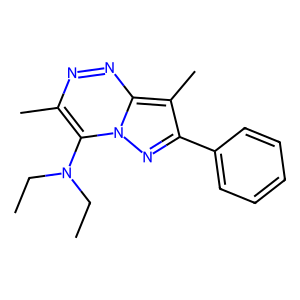
SMILES: CCN(CC)c1c(C)nnc2c(C)c(-c3ccccc3)nn12
Inhibits HIV replication: No